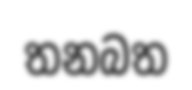
තනබත